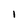
Character: I